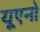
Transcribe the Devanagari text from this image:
यूएनो